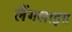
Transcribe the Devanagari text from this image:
लैंगलाइस